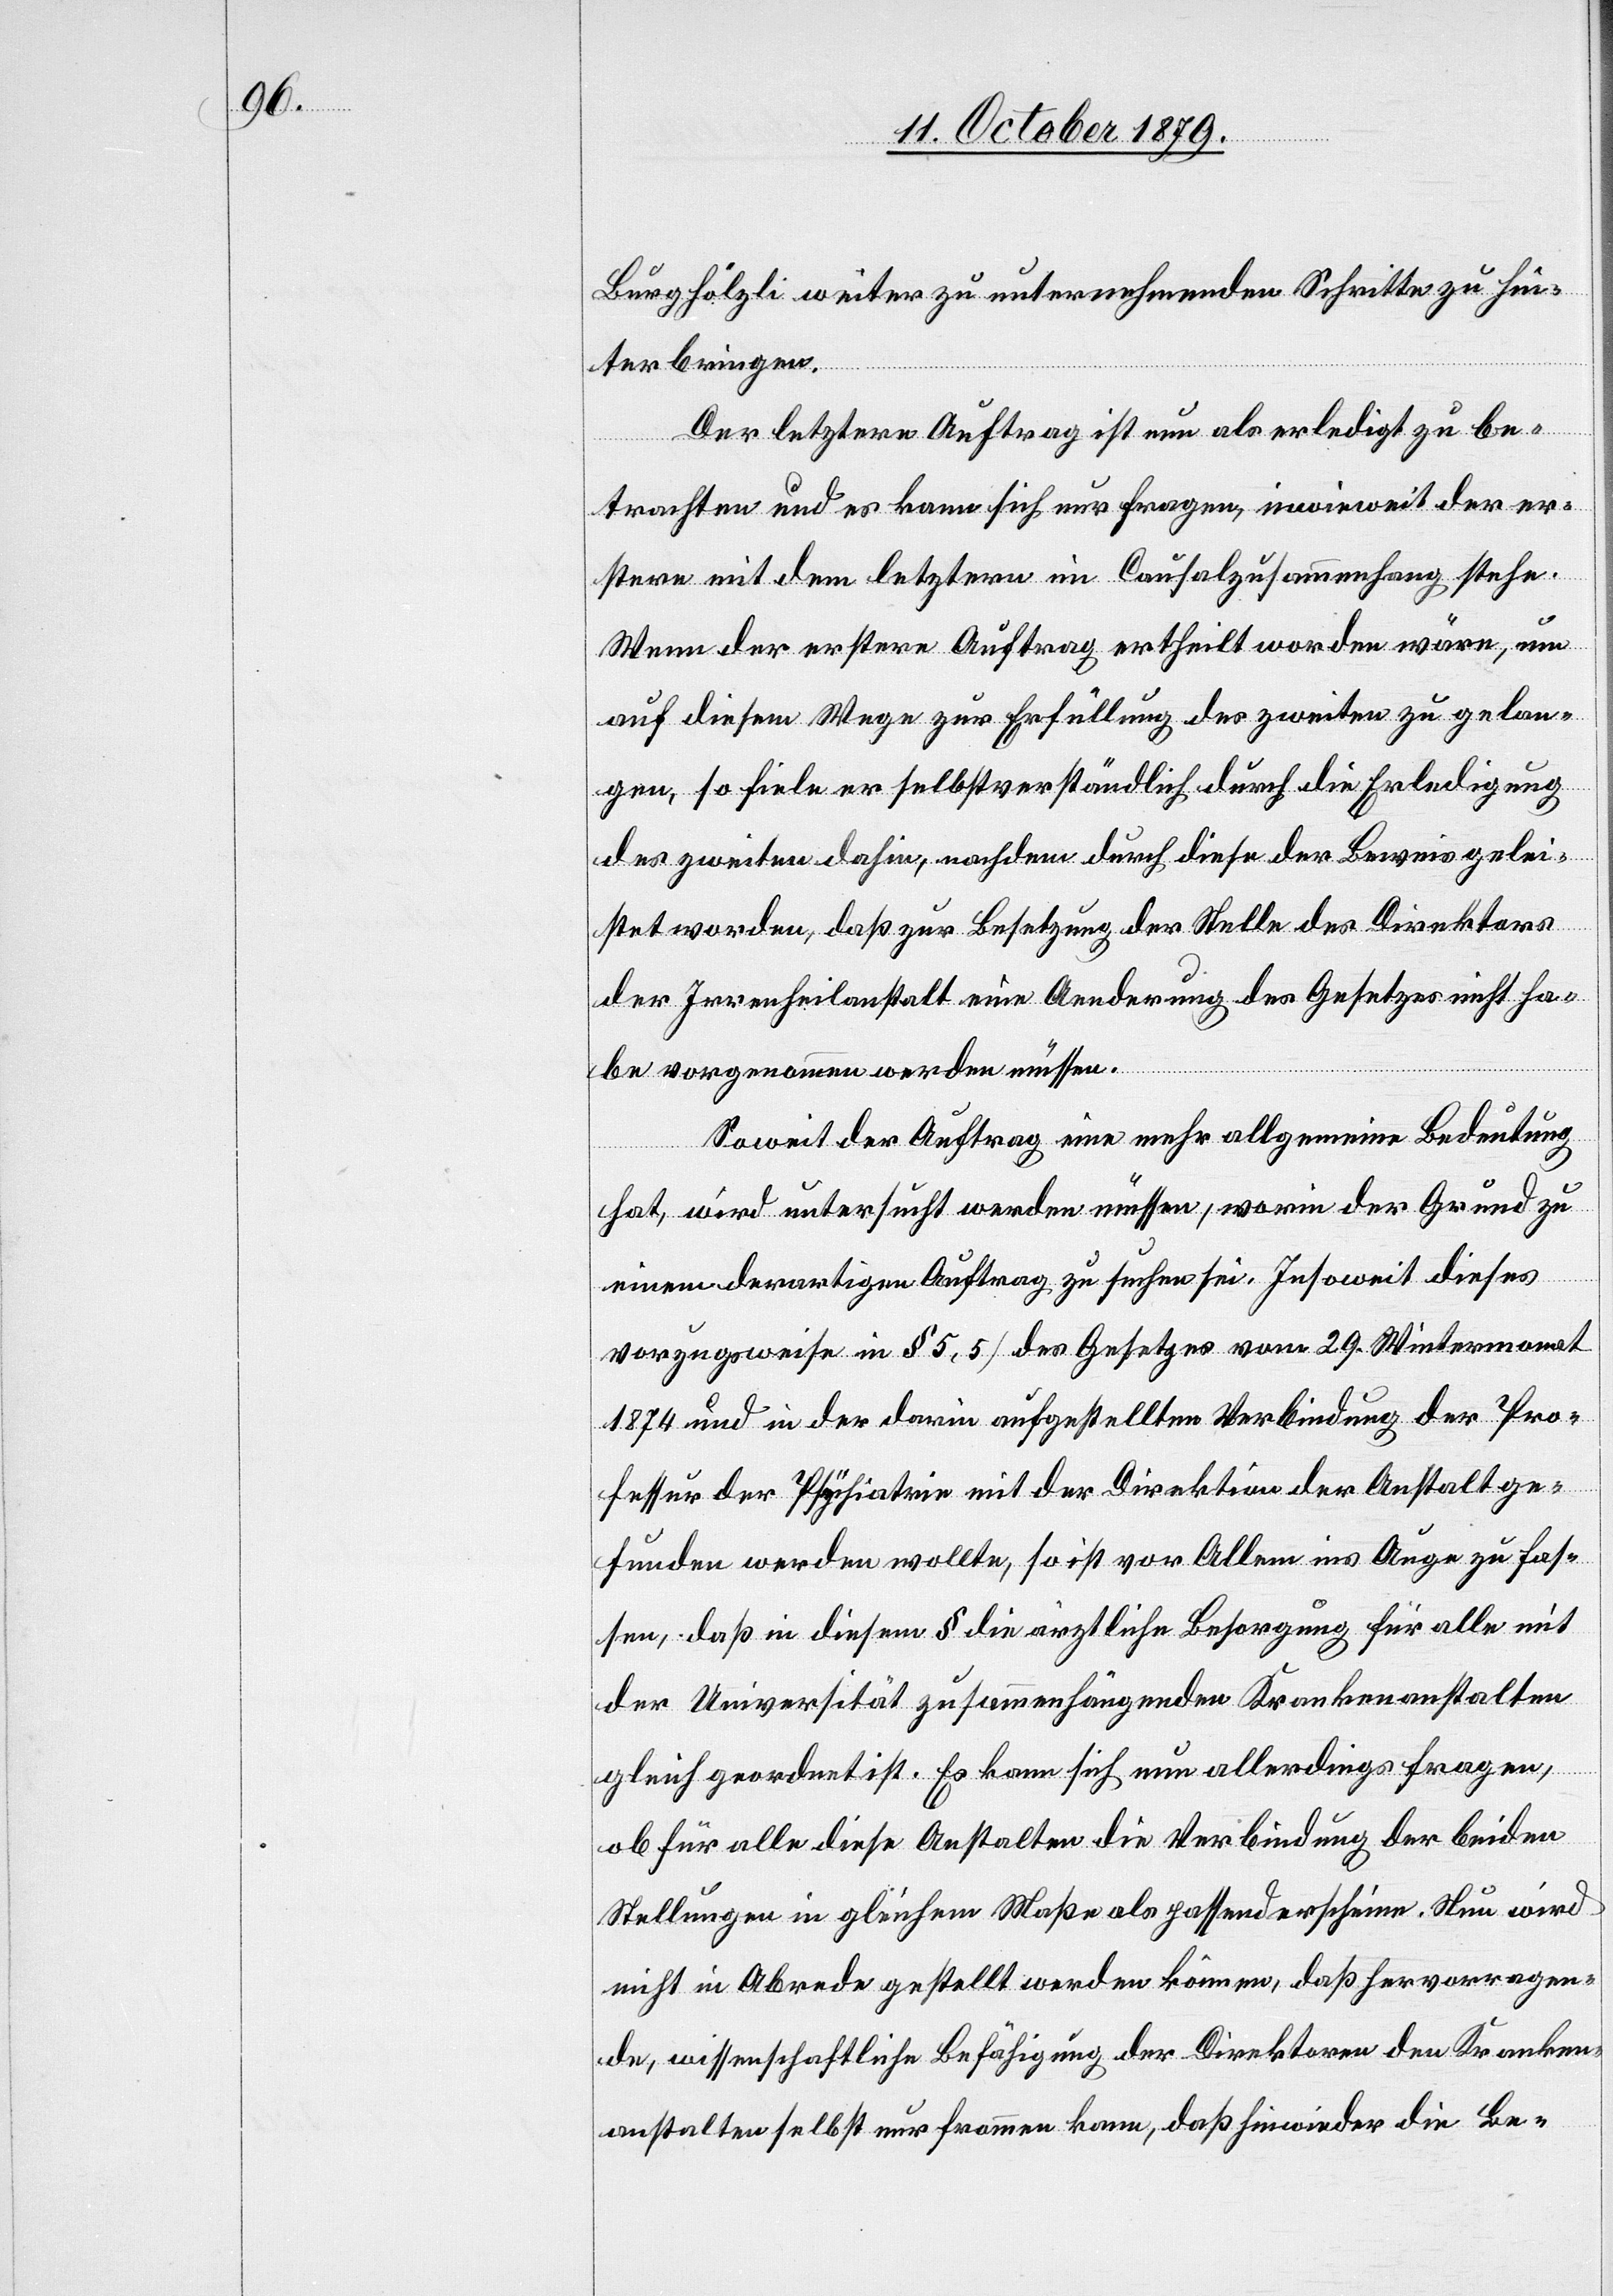
Burghölzli weiter zu unternehmenden Schritte zu hin¬
terbringen.
Der letztere Auftrag ist nun als erledigt zu be¬
trachten und es kann sich nur fragen, inwieweit der er¬
stere mit dem letztern im Causalzusammenhang stehe.
Wenn der erstere Auftrag ertheilt worden wäre, um
auf diesem Wege zur Erfüllung des zweiten zu gelan¬
gen, so fiele er selbstverständlich durch die Erledigung
des zweiten dahin, nachdem durch diese der Beweis gelei¬
stet worden, daß zur Besetzung der Stelle des Direktors
der Irrenheilanstalt eine Aenderung des Gesetzes nicht ha¬
be vorgenommen werden müssen.
Soweit der Auftrag eine mehr allgemeine Bedeutung
hat, wird untersucht werden müssen, worin der Grund zu
einem derartigen Auftrag zu suchen sei. Insoweit dieses
vorzugsweise in § 5.5 des Gesetzes vom 29. Wintermonat
1874 und in der darin aufgestellten Verbindung der Pro¬
fessur der Psychiatrie mit der Direktion der Anstalt ge¬
funden werden wollte, so ist vor Allem ins Auge zu fas¬
sen, daß in diesem § die ärztliche Besorgung für alle mit
der Universität zusammenhängenden Krankenanstalten
gleich geordnet ist. Es kann sich nun allerdings fragen,
ob für alle diese Anstalten die Verbindung der beiden
Stellungen in gleichem Maße als passend erscheine. Neu wird
nicht in Abrede gestellt werden können, daß hervorragen¬
de, wissenschaftliche Befähigung der Direktoren den Kranken¬
anstalten selbst nur freuen kann, daß hinwieder die Be-